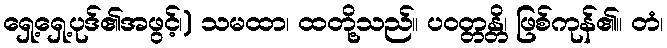
ရှေ့ရှေ့ပုဒ်၏အဖွင့်၊) သမထာ၊ ထတို့သည်။ ပဝတ္တန္တိ၊ ဖြစ်ကုန်၏။ တံ၊